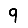
Digit: 9